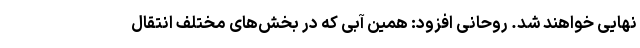
نهایی خواهند شد. روحانی افزود: همین آبی که در بخش‌های مختلف انتقال